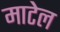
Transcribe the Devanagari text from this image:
माटेल